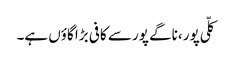
کلّی پور ،ناگے پور سے کافی بڑا گاؤں ہے۔